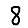
Digit: 8